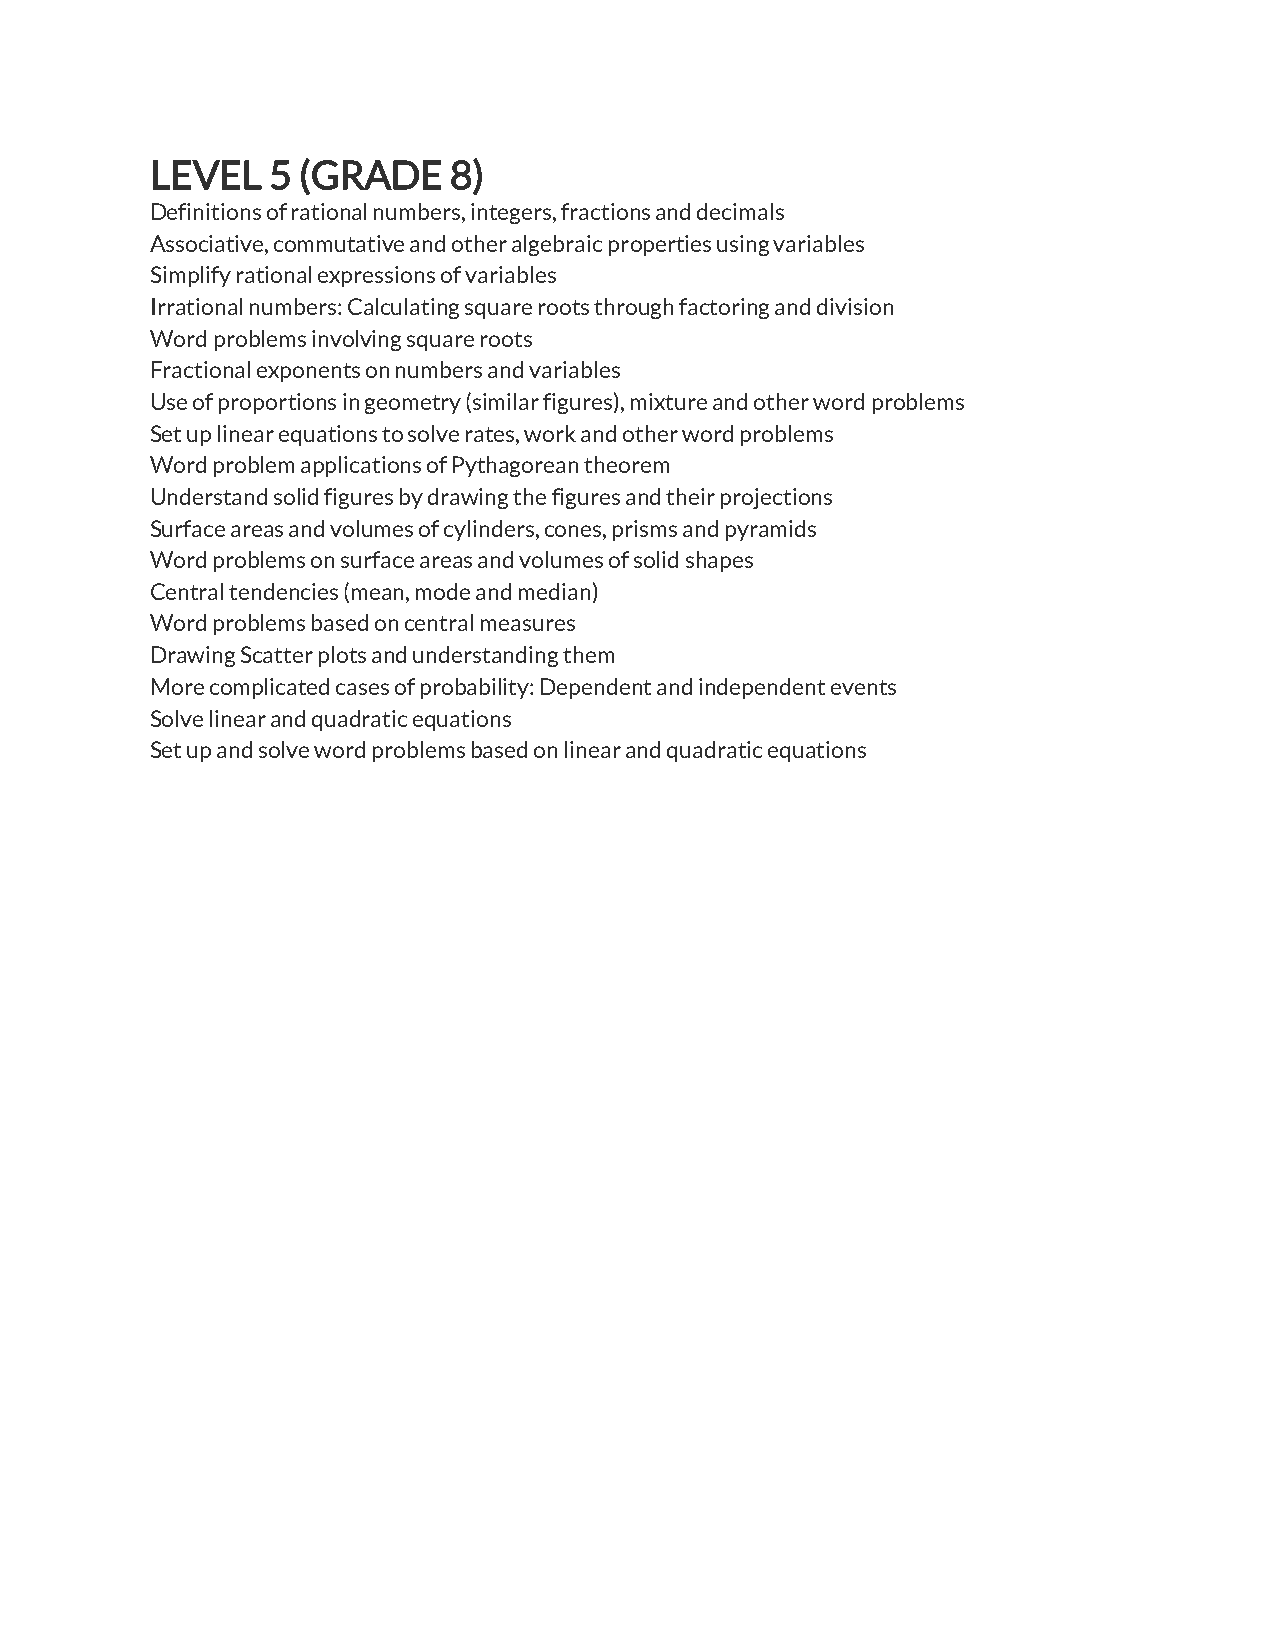
LEVEL   5 (GRADE    8)
 Definitions of rational numbers, integers, fractions and decimals
 Associative, commutative and other algebraic properties using variables
 Simplify rational expressions of variables
 Irrational numbers: Calculating square roots through factoring and division
 Word problems involving square roots
 Fractional exponents on numbers and variables
 Use of proportions in geometry (similar figures), mixture and other word problems
 Set up linear equations to solve rates, work and other word problems
 Word problem applications of Pythagorean theorem
 Understand solid figures by drawing the figures and their projections
 Surface areas and volumes of cylinders, cones, prisms and pyramids
 Word problems on surface areas and volumes of solid shapes
 Central tendencies (mean, mode and median)
 Word problems based on central measures
 Drawing Scatter plots and understanding them
 More complicated cases of probability: Dependent and independent events
 Solve linear and quadratic equations
 Set up and solve word problems based on linear and quadratic equations